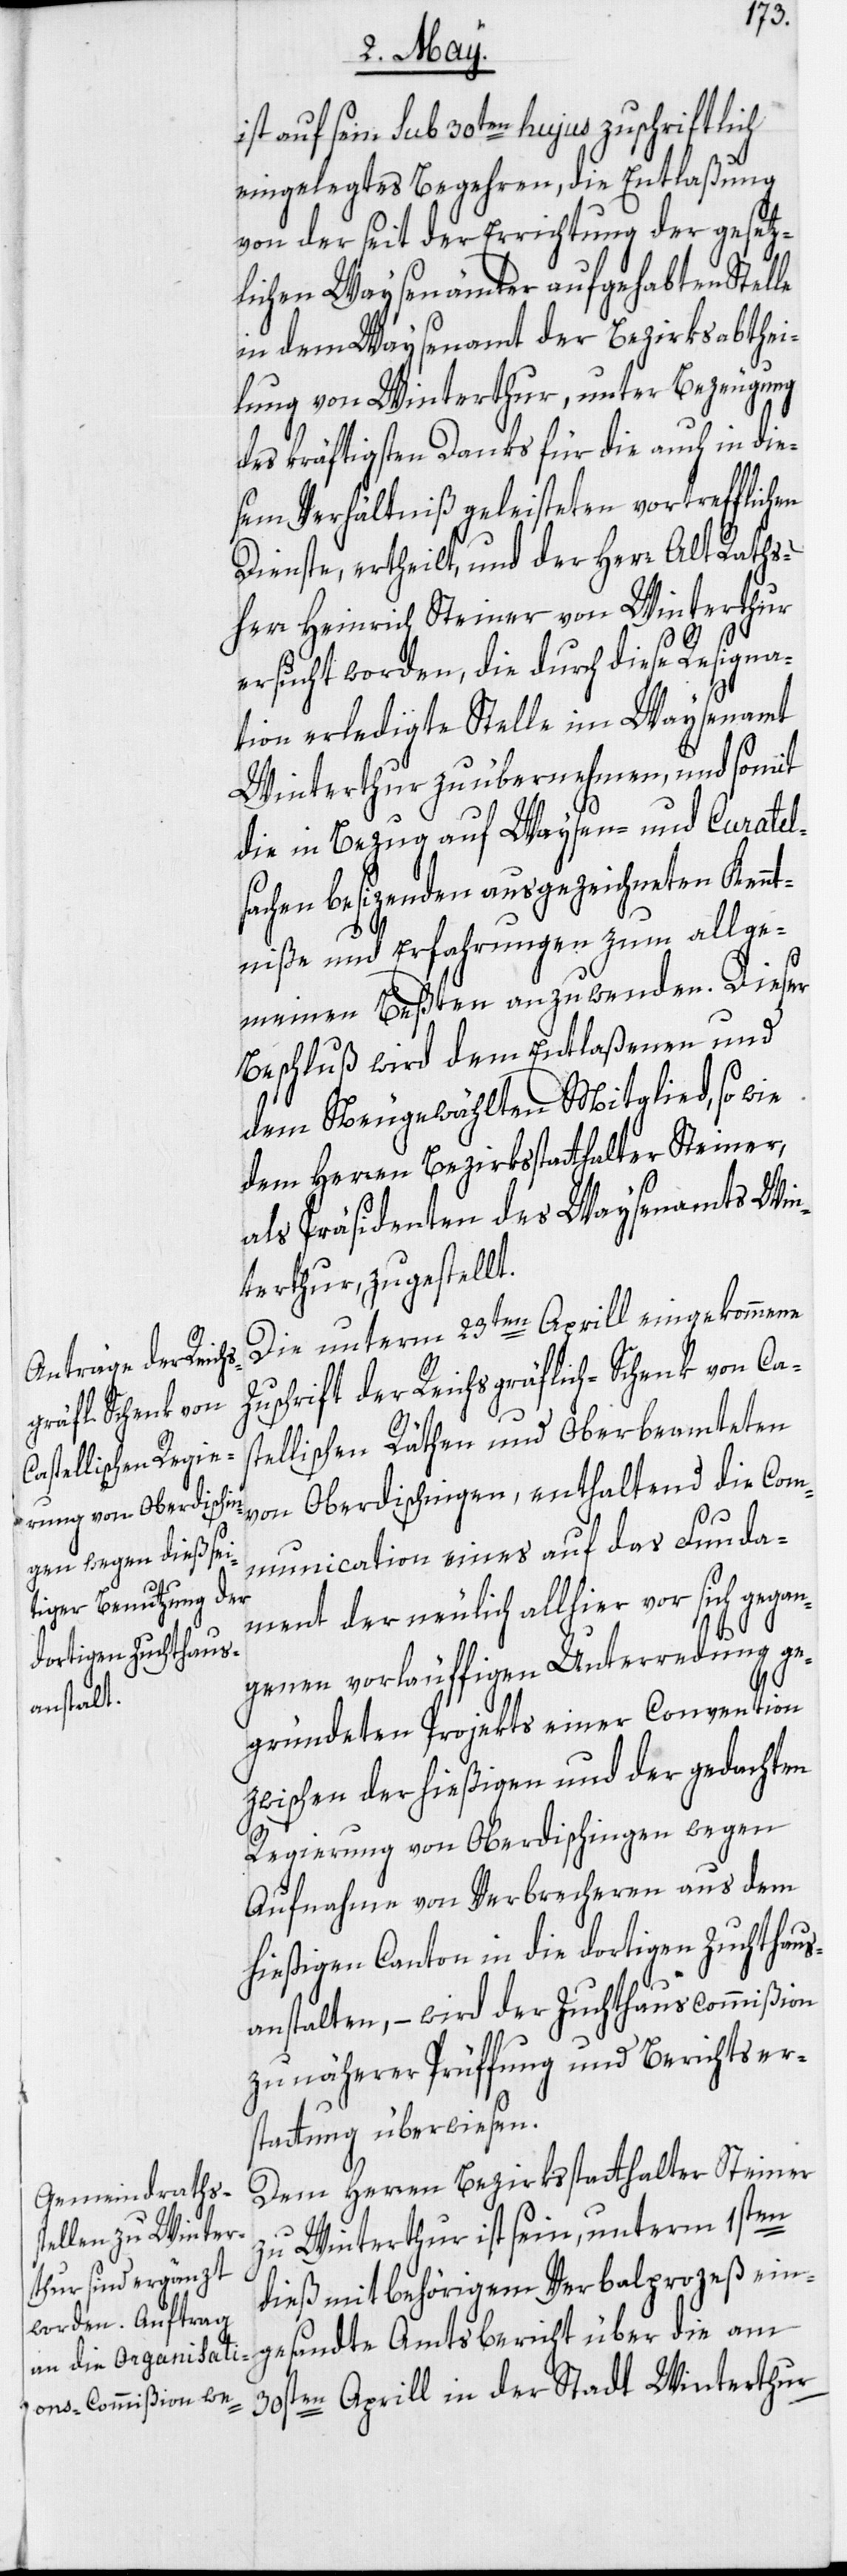
ist auf sein sub 30ten hujus zuschriftlich
eingelegtes Begehren, die Entlaßung
von der seit der Errichtung der gesetz¬
lichen Waysenämter aufgehabten Stelle
in dem Waysenamt der Bezirksabthei¬
lung von Winterthur, unter Bezeugung
des kräftigsten Danks für die auch in die¬
sem Verhältniß geleisteten vortrefflichen
Dienste, ertheilt, und der Herr Alt Raths¬
herr Heinrich Steiner von Winterthur
ersucht worden, die durch diese Resigna¬
tion erledigte Stelle im Waysenamt
Winterthur zu übernehmen, und somit
die in Bezug auf Waysen- und Curatel¬
sachen besizenden ausgezeichneten Kennt¬
niße und Erfahrungen zum allge¬
meinen Beßten anzuwenden. Dieser
Beschluß wird dem Entlaßenen und
dem Neugewählten Mitglied, so wie
dem Herren Bezirksstatthalter Steiner,
als Präsidenten des Waysenamts Win¬
terthur, zugestellt.
Die unterm 23ten Aprill eingekommene
Zuschrift der Reichsgräflich-Schenk von Ca¬
stellischen Räthen und Oberbeamteten
von Oberdischingen, enthaltend die Com¬
munication eines auf das Funda¬
ment der neulich allhier vor sich gegan¬
genen vorläuffigen Unterredung ge¬
gründeten Projekts einer Convention
zwischen der hießigen und der gedachten
Regierung von Oberdischingen wegen
Aufnahme von Verbrecheren aus dem
hießigen Canton in die dortigen Zuchthaus¬
anstalten, – wird der Zuchthauscommißion
zu näherer Prüffung und Berichtser¬
stattung überwiesen.
Dem Herren Bezirksstatthalter Steiner
zu Winterthur ist sein, unterm 1sten
dieß mit behörigem Verbalprozeß ein¬
gesandte Amtsbericht über die am
30sten Aprill in der Stadt Winterthur